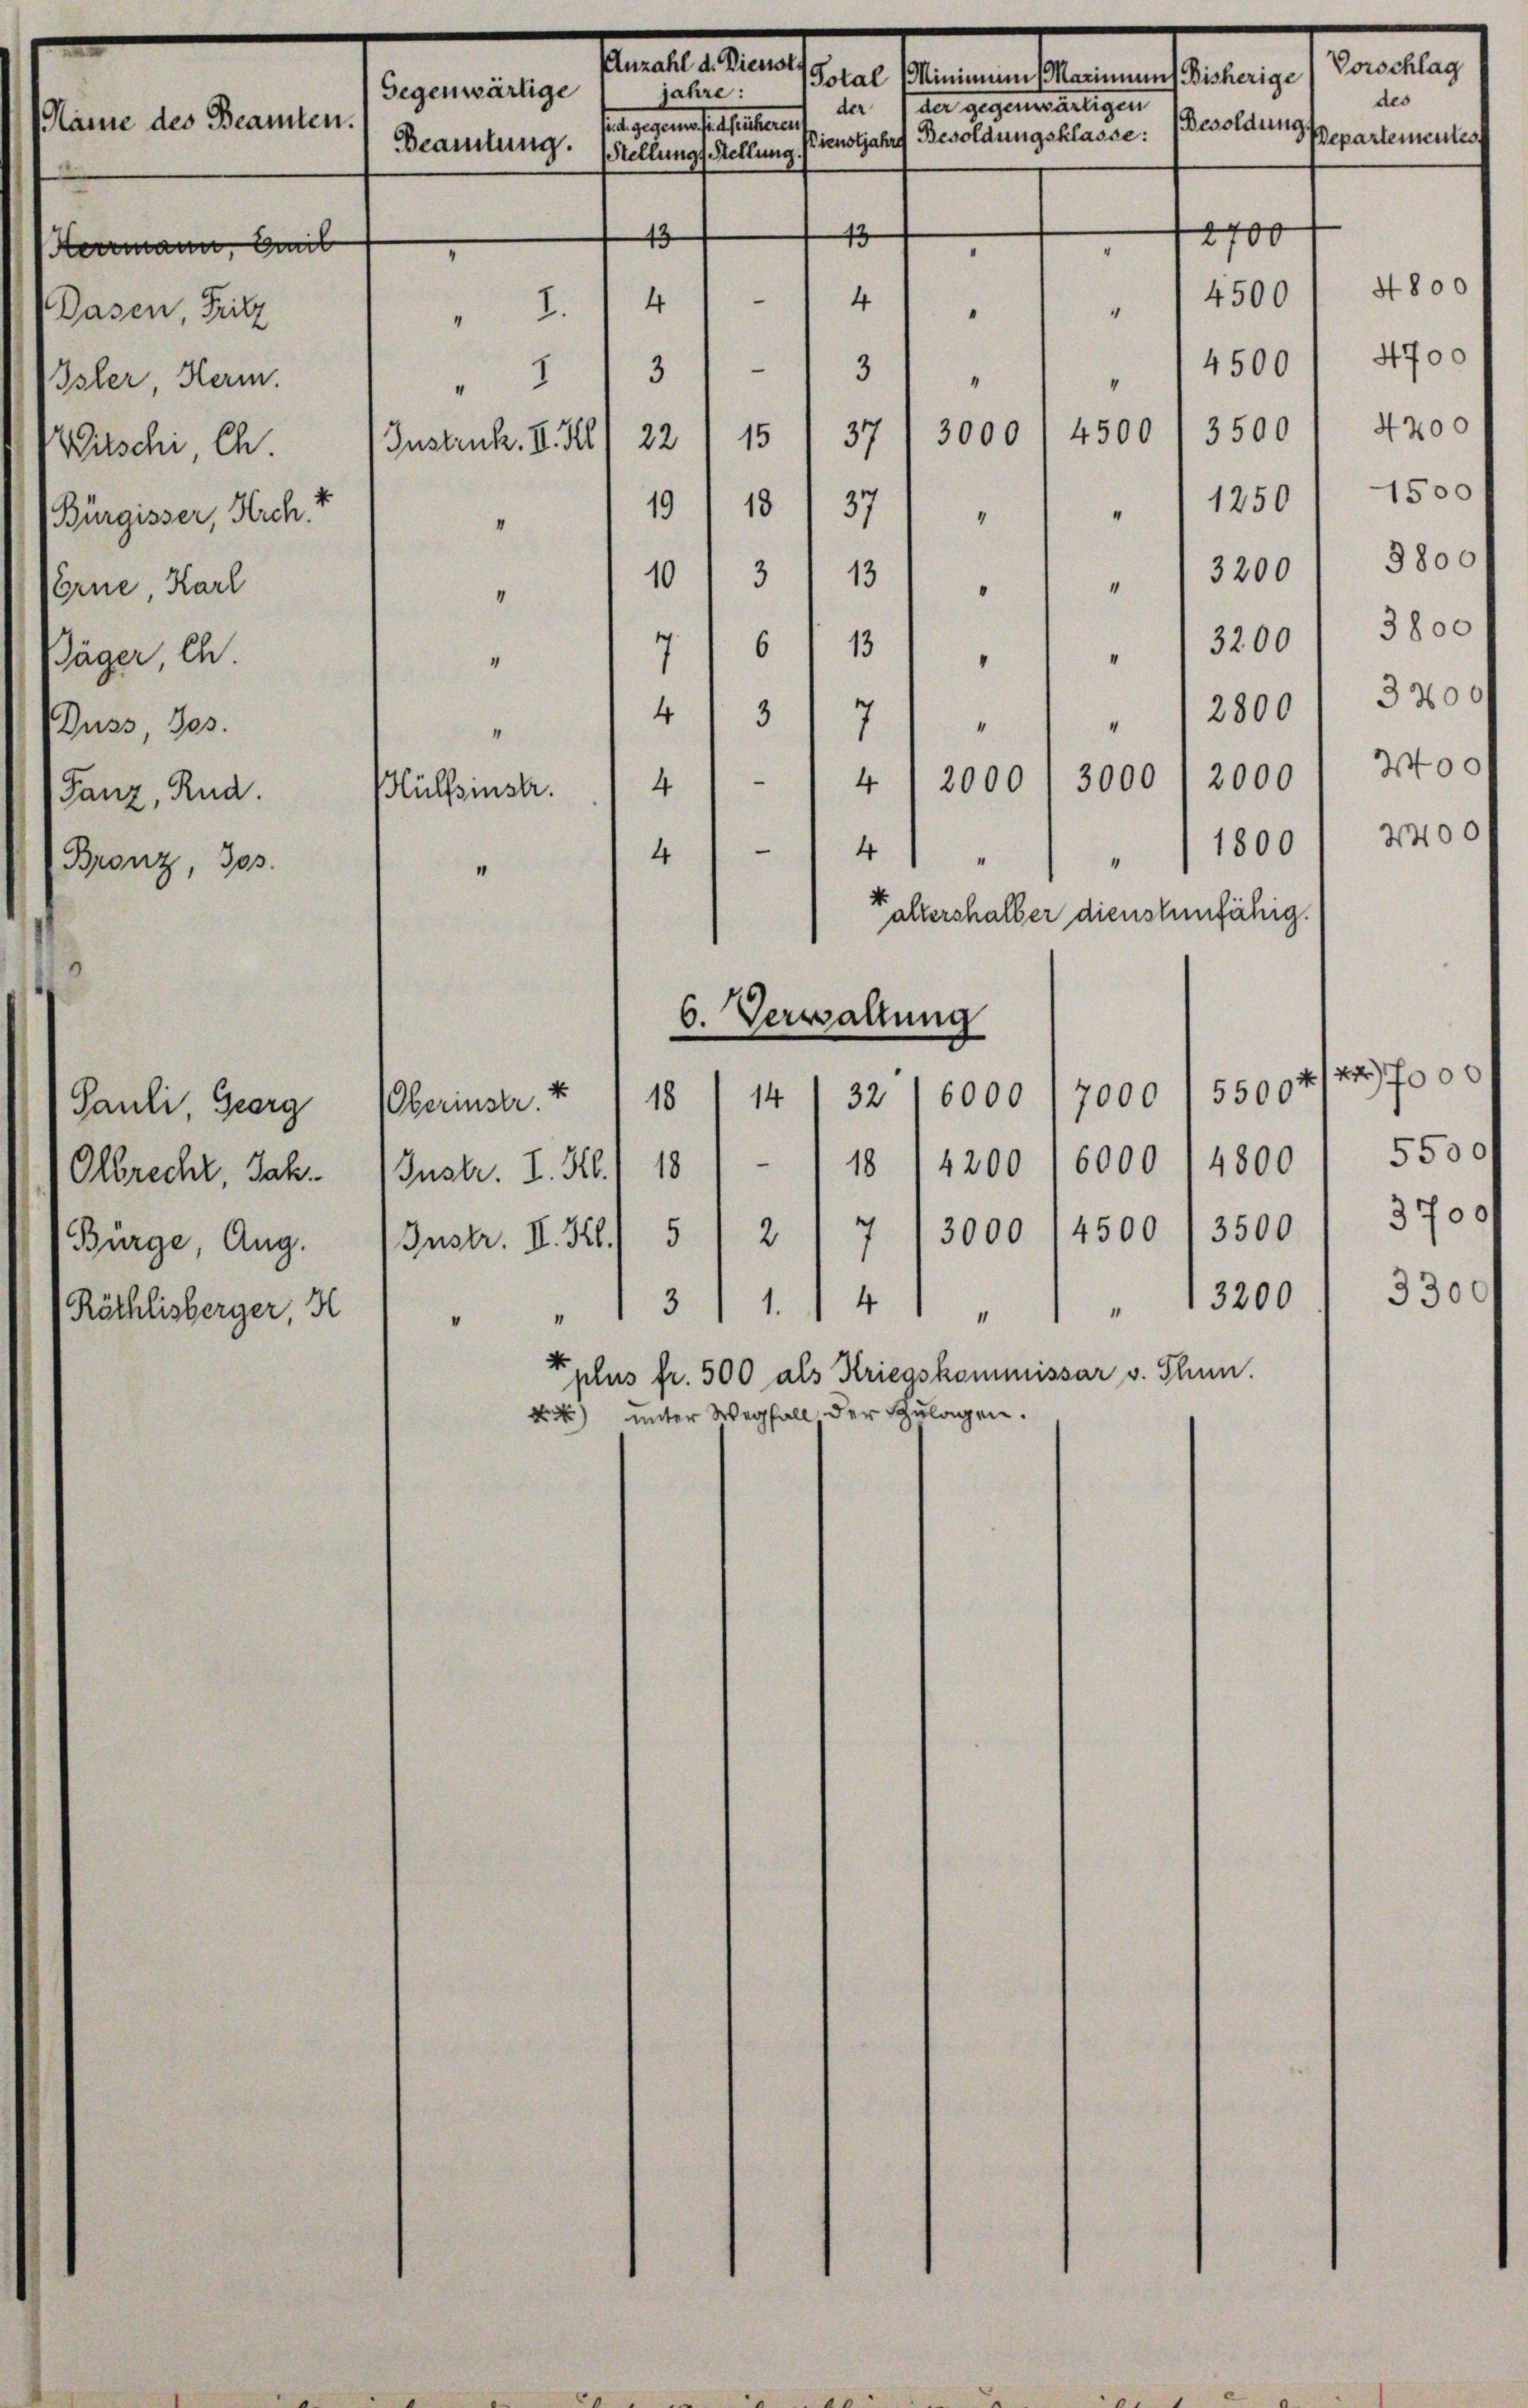
Anzahl d. Dienst
cn Aerartienmeisteten
Gegenwärtige
der gegenes artigen
der
äme des Beamten.
Besoldung
Besoldungsklasse:
Pienstjahre
Beamtung. Stellungs Stellung.
13
2700
43
Hermann, ob

Dasen, Fritz
Isler, Herm.
Witschi, Ch.
(Bürgisser, Arch. +
Erne, Karl
Jäger, Ch.
Duss, 303.
Fanz, Rud.
Branz, 303.

Pauli Georg
Okbrecht, Jah
Bürge, Aug.
Röthlisberger, H

“
Instruck. II. Kl

—
4
I.
4
"
"
“
4500
3000
22115) 37
119) 18/ 37
"
“
.
13
6
"
3
7
4
4
“
e
3000
4
2000
4
.
4
41
“
"
altershalber dienstenfähig.
6. Verwaltung
5500 x
Oberinstr. u 18 (1432 6000/7000
Instr. I. S. 118 / 1 18 14200 (6000 . 4800
Instr. II. 32. 51 2/7 13000 14500 / 3500
31.
4 " " " " 13200
t plus fr. 500 als Kriegskommissar v. Thun.
44) unter Wegfall der Zulagen.

"

I
“

Hülfsinstr.

1/3 11 3

jahre:
tent gegen hat seltenen

41

3500 1 4200
1250' 4500
10/3 1 131 " " " 3200) 5800
" 13200/ 3800
2800/ 3200
2000 f 2400
1800 / 2400

4500
4500 / 4700

Pepartemente

Vorschlag
des

4800

24000
5500f
3700
3300